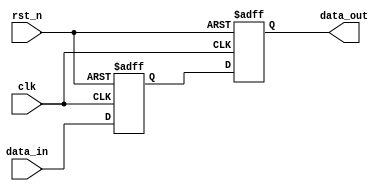
// This program was cloned from: https://github.com/chipsalliance/aib-phy-hardware
// License: Apache License 2.0

// SPDX-License-Identifier: Apache-2.0
// Copyright (C) 2019 Intel Corporation. 
//****************************************************************************************
// (C) 2009 Altera Corporation. .
//
//****************************************************************************************

//------------------------------------------------------------------------
// Revision:    $Revision: #1 $
//------------------------------------------------------------------------
// Description:
//
//------------------------------------------------------------------------
module cdclib_sync2_reset_type_w_gate
    (
    input  wire              clk,     // clock
    input  wire              rst_n,   // async reset
    input  wire 	     data_in, // data in
    output wire 	     data_out // data out
     );


   reg		data_in_sync;
   reg		data_in_sync2;
   
   always @(negedge rst_n or posedge clk) begin
      if (rst_n == 1'b0) begin
        data_in_sync <= 	1'b0;
        data_in_sync2 <= 	1'b0;
      end
      else begin
        data_in_sync <= 	data_in;
        data_in_sync2 <= 	data_in_sync;
      end
   end    
     
   assign data_out = data_in_sync2;

endmodule // cdclib_sync2_reset_type_w_gate